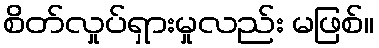
စိတ်လှုပ်ရှားမှုလည်း မဖြစ်။